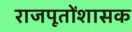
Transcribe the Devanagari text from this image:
राजपूतोंशासक